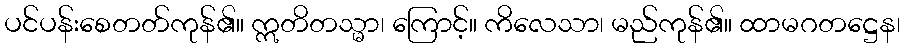
ပင်ပန်းစေတတ်ကုန်၏။ ဣတိတသ္မာ၊ ကြောင့်။ ကိလေသာ၊ မည်ကုန်၏။ ထာမဂတဋ္ဌေန၊